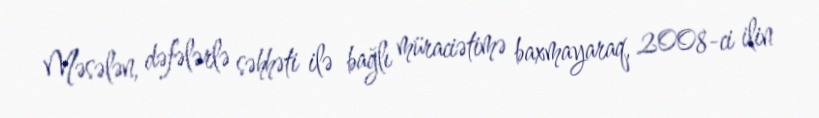
Məsələn, dəfələrlə səhhəti ilə bağlı müraciətimə baxmayaraq, 2008-ci ilin